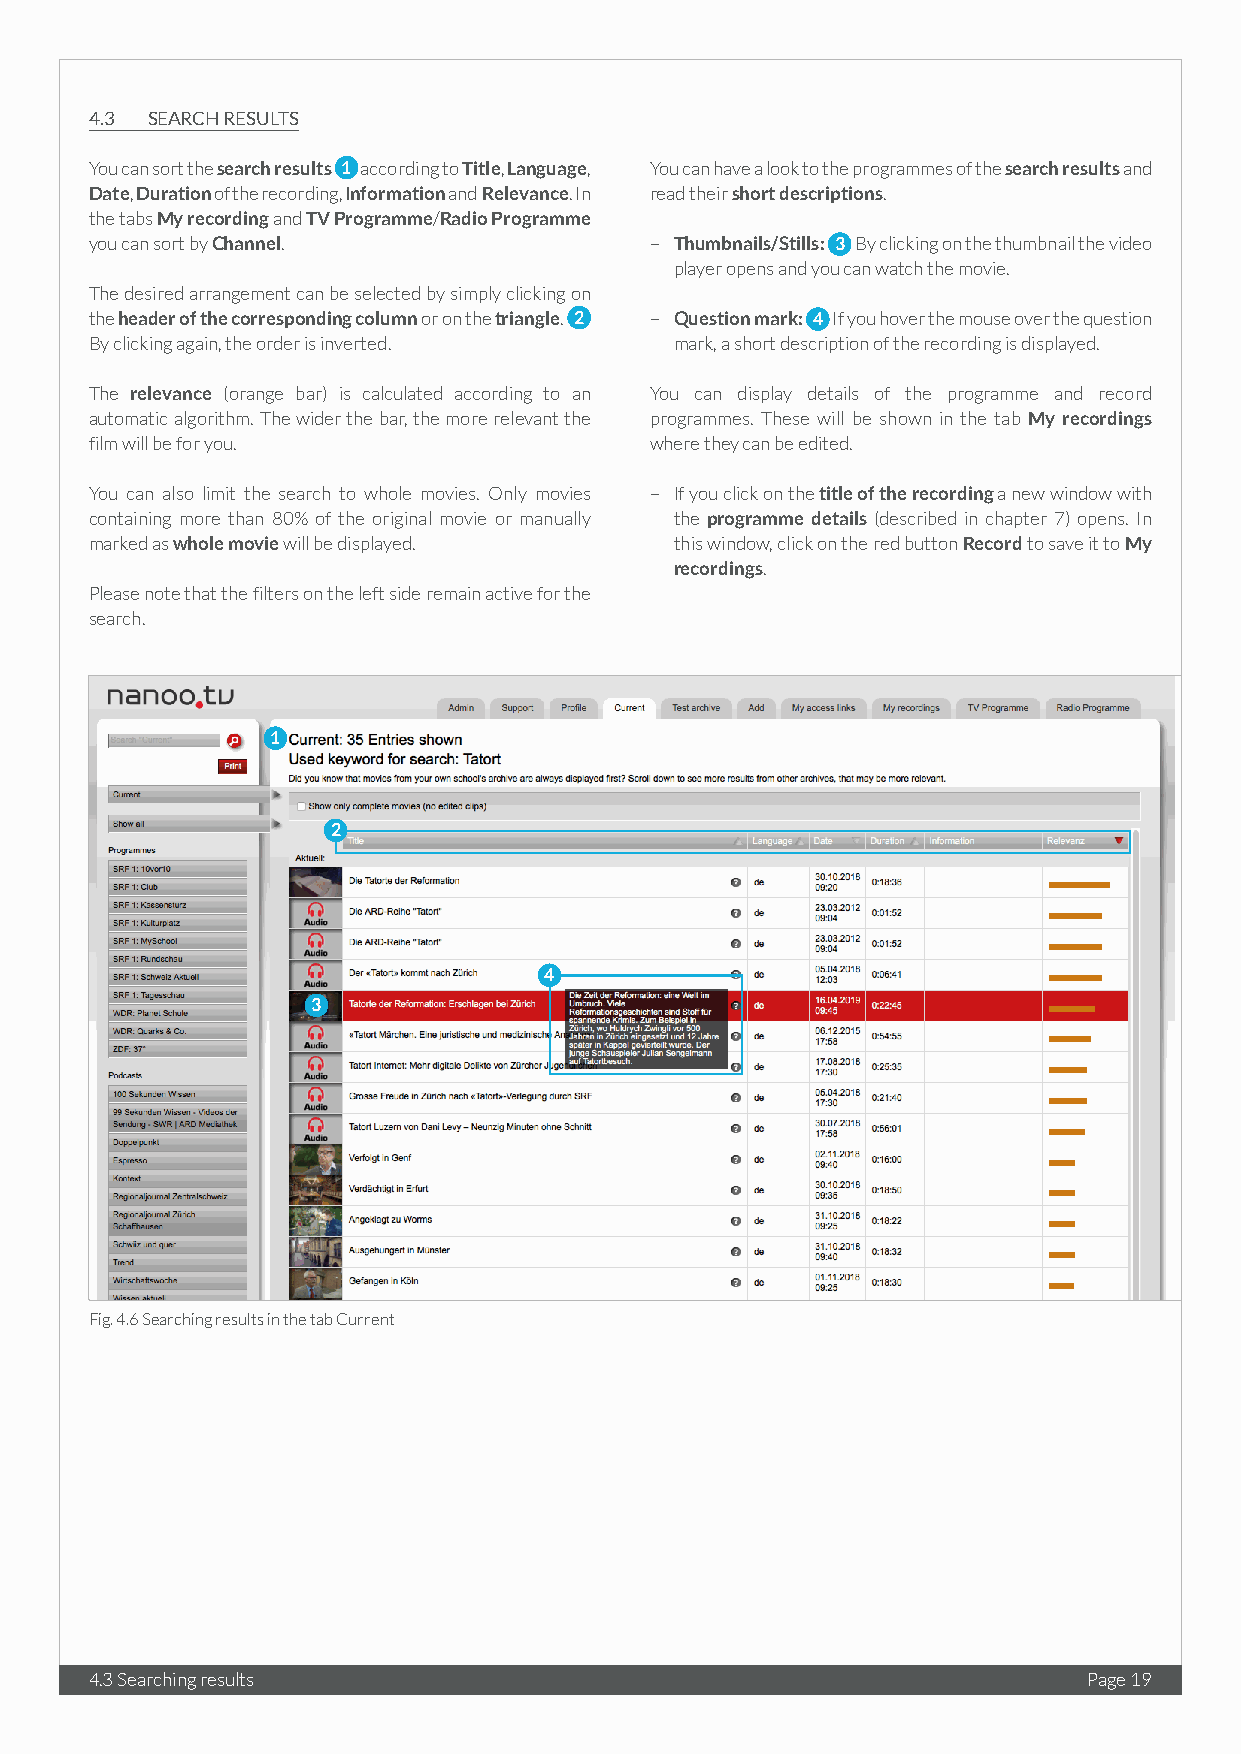
4.3 SEARCH RESULTS
 You can sort the search results 1 according to Title, Language, You can have a look to the programmes of the search results and
 Date, Duration of the recording, Information and Relevance. In read their short descriptions.
 the tabs My recording and TV Programme/Radio Programme
 you can sort by Channel.             – Thumbnails/Stills: 3 By clicking on the thumbnail the video
 player opens and you can watch the movie.
 The desired arrangement can be selected by simply clicking on
 the header of the corresponding column or on the triangle. 2 – Question mark: 4 If you hover the mouse over the question
 By clicking again, the order is inverted. mark, a short description of the recording is displayed.
 The relevance (orange bar) is calculated according to an You can display details of the programme and record
 automatic algorithm. The wider the bar, the more relevant the programmes. These will be shown in the tab My recordings
 film will be for you.                where they can be edited.
 You can also limit the search to whole movies. Only movies – If you click on the title of the recording a new window with
 containing more than 80% of the original movie or manually the programme details (described in chapter 7) opens. In
 marked as whole movie will be displayed. this window, click on the red button Record to save it to My
 recordings.
 Please note that the filters on the left side remain active for the
 search.
 1
 2
 4
 3
 Fig. 4.6 Searching results in the tab Current
 4.3 Searching results                                             Page 19